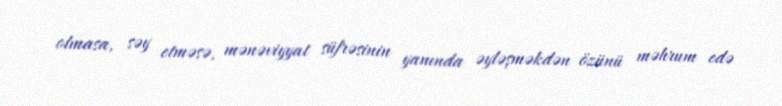
olmasa, səy etməsə, mənəviyyat süfrəsinin yanında əyləşməkdən özünü məhrum edə